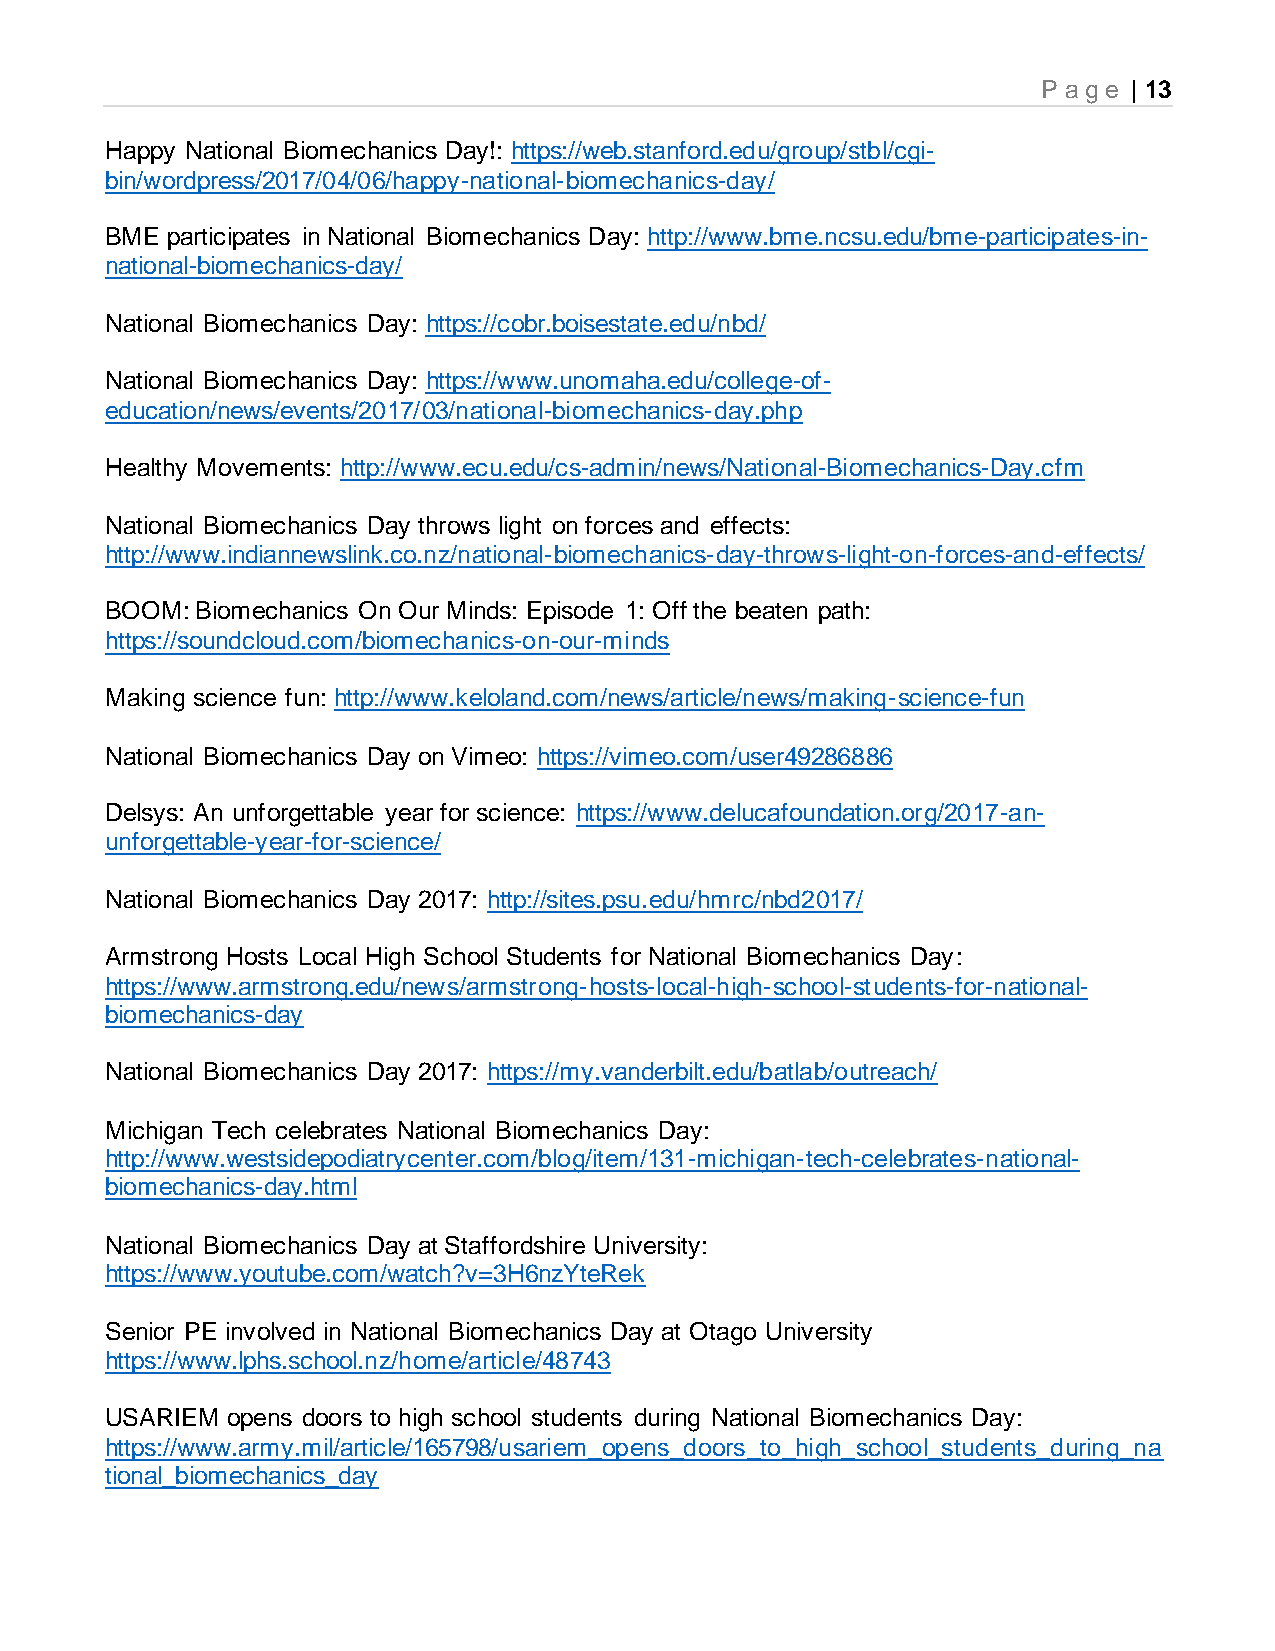
P age | 13
 Happy National Biomechanics Day!: https://web.stanford.edu/group/stbl/cgi-
 bin/wordpress/2017/04/06/happy-national-biomechanics-day/
 BME participates in National Biomechanics Day: http://www.bme.ncsu.edu/bme-participates-in-
 national-biomechanics-day/
 National Biomechanics Day: https://cobr.boisestate.edu/nbd/
 National Biomechanics Day: https://www.unomaha.edu/college-of-
 education/news/events/2017/03/national-biomechanics-day.php
 Healthy Movements: http://www.ecu.edu/cs-admin/news/National-Biomechanics-Day.cfm
 National Biomechanics Day throws light on forces and effects:
 http://www.indiannewslink.co.nz/national-biomechanics-day-throws-light-on-forces-and-effects/
 BOOM: Biomechanics On Our Minds: Episode 1: Off the beaten path:
 https://soundcloud.com/biomechanics-on-our-minds
 Making science fun: http://www.keloland.com/news/article/news/making-science-fun
 National Biomechanics Day on Vimeo: https://vimeo.com/user49286886
 Delsys: An unforgettable year for science: https://www.delucafoundation.org/2017-an-
 unforgettable-year-for-science/
 National Biomechanics Day 2017: http://sites.psu.edu/hmrc/nbd2017/
 Armstrong Hosts Local High School Students for National Biomechanics Day:
 https://www.armstrong.edu/news/armstrong-hosts-local-high-school-students-for-national-
 biomechanics-day
 National Biomechanics Day 2017: https://my.vanderbilt.edu/batlab/outreach/
 Michigan Tech celebrates National Biomechanics Day:
 http://www.westsidepodiatrycenter.com/blog/item/131-michigan-tech-celebrates-national-
 biomechanics-day.html
 National Biomechanics Day at Staffordshire University:
 https://www.youtube.com/watch?v=3H6nzYteRek
 Senior PE involved in National Biomechanics Day at Otago University
 https://www.lphs.school.nz/home/article/48743
 USARIEM opens doors to high school students during National Biomechanics Day:
 https://www.army.mil/article/165798/usariem_opens_doors_to_high_school_students_during_na
 tional_biomechanics_day